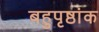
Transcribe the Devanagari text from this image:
बहुपृष्ठांक